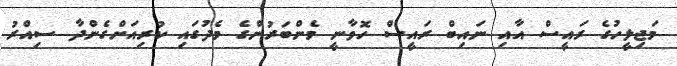
މަޖިލީހުގެ ރައީސް އާއި ނައިބް ރައީސް ހޮވާނީ މެންބަރުންގެ މެދުގައި ކުރިއަށްގެންދާ ސިއްރު